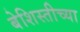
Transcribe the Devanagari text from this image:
बेशिस्तीच्या